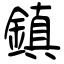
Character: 鎮